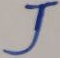
Text: J